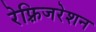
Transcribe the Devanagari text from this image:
रेफ़्रिजरेशन